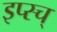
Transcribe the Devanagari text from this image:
इप्स्च्